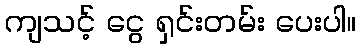
ကျသင့် ငွေ ရှင်းတမ်း ပေးပါ။